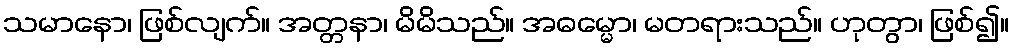
သမာနော၊ ဖြစ်လျက်။ အတ္တနာ၊ မိမိသည်။ အဓမ္မော၊ မတရားသည်။ ဟုတွာ၊ ဖြစ်၍။